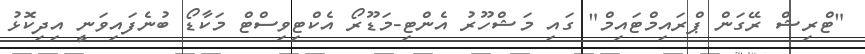
"ޓްރިޝް ރޭގަން ޕްރައިމްޓައިމް" ގައި މަޝްހޫރު އެންޓި-މަޑޫރޯ އެކްޓިވިސްޓް މަކާޑޯ ބުނެފައިވަނީ އިދިކޮޅު